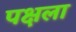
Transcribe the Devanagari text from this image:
पक्षला